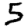
Digit: 5